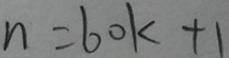
n = 6 0 k + 1